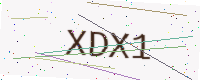
Text: XDX1